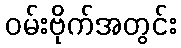
ဝမ်းဗိုက်အတွင်း